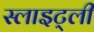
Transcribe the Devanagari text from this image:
स्लाइट्ली